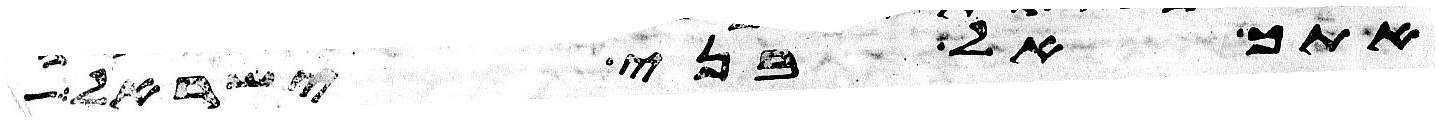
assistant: אתך אל בני ישראל